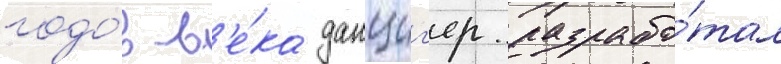
годо́в в'е́ка данциг'ер разрабо́тал